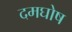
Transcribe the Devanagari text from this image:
दमघोष